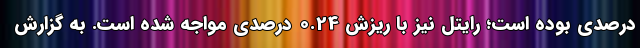
درصدی بوده است؛ رایتل نیز با ریزش 0.24 درصدی مواجه شده است. به گزارش